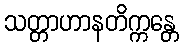
သတ္တာဟာနတိက္ကန္တေ